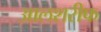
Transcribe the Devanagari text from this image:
आलशरीफ